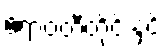
ဧရာဝတီတိုင်းနှင့်